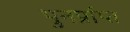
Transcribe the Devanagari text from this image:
पुनर्प्राप्‍त